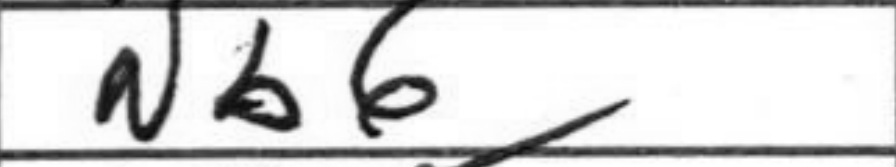
Transcription: Nb6